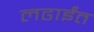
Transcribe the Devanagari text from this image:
लढाईंत